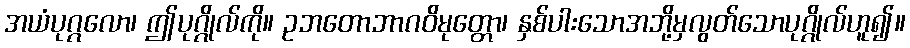
အယံပုဂ္ဂလော၊ ဤပုဂ္ဂိုလ်ကို။ ဥဘတောဘာဂဝိမုတ္တော၊ နှစ်ပါးသောအဘို့မှလွတ်သောပုဂ္ဂိုလ်ဟူ၍။